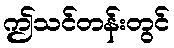
ဤသင်တန်းတွင်